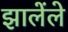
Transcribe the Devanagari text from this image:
झालेंले